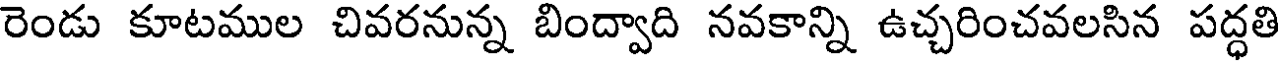
రెండు కూటముల చివరనున్న బింద్వాది నవకాన్ని ఉచ్చరించవలసిన పద్ధతి